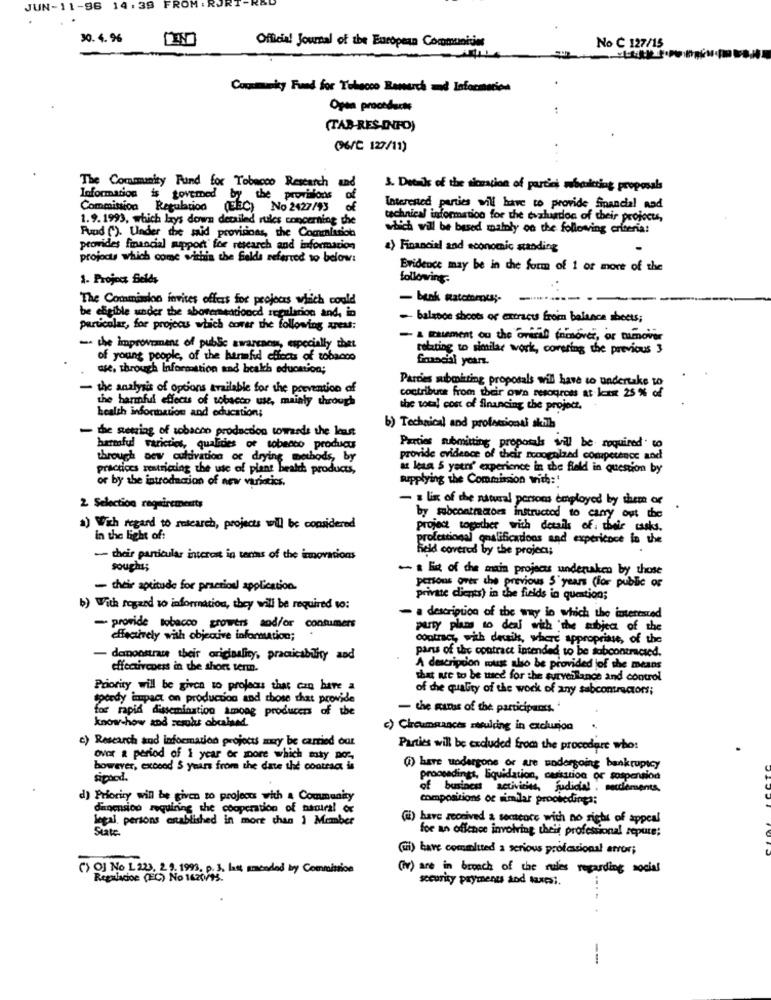
JUN-11-96 14:39 FROM :R
30.4.9%
Official Journal of the European Communities
No C 127/15
Comumasky Fund for Tobacco Ramurch md Informerion
Open procedacts
(TAB-RES-INFO)
(6/2 127/11)
The Community Fund for Tobacco Research and
3. Detals of the sicmation of partici mbolcting proposals
Information is tovemed by the provisions
Commission Regulation (EEC) No 2427/93
of
Interested parties will have to provide financial and
1.9. 1993, which lays down detailed rules concerning the
technical information for the evaluados of their projocu,
Fund ("). Under the said provisions, the Comumlusion
wiich wil be based mainly on the following criteria!
provides financial support for research and information
a) Financial and economic standing
projects which come within the fields referred to below:
Evidence may be in the form of 1 or more of the
1. Project Beles
following-
. .
The Commission invites offers for projects which could
- bank matchmus ;-
------
be eligible under the abovementioned regulation and, in
- balance shoots or extract from balance sheets;
particolar, for projcous which cover the following areas:
- Siement ou the oriral fnisover, or turnover
- the improvement of public awareness, especially thet
relating to similar work, covering the previous 3
of young people, of the hanafid effects of tobacco
financial years.
ase, through Information and beakh education;
- the analysis of options available for the prevention of
contribute from their own resogross at least 25 % of
Parties submitting proposals will have to undertake to
the harmful effects of tobacco use, mainly through
the total cost of financing the project.
health information and education;
- the geting of tobacco production towards the kunst
b) Technical and professional skilla
harmful varicties, qualities of sobecco products
Parties submitting proposals will be required to
through aev cultivation of drying methods, by
provide evidence of their tooogalzed competence and
practices restricting the use of plant beahh products,
at lesa 5 years' experience in the field in question by
or by the introduction of new variotics.
Buapplying the Commission with:'
- a list of the natural persons employed by them or
2 Selection requirements
by subcontractors instructed to carry out the
1) With regard to research, projects will be considered
project together with details of their casks.
in the light of:
profestional qualificadoos and expericoce in the
Feld covered by the project;
- their particular interest in terms of the inovations
sought;
- list of the main projects undertaken by those
persons over the previous 5 years (for public or
- their aptitude for practiou application.
private dients) in the fields in question;
b) With regard so information, they will be required to:
- a description of the way in which the interested
- provide tobacco growers and/or consumers
party plans to deal with the subject of the
effectively with objective information;
contract, with devik, where appropriate, of the
parts of the contract intended to be subcontracted.
- demonstrate their originality, practicability and
effectiveness in the short term.
A description roust also be provided jof the means
that are to be ted for the surveillance and control
Priority will be given to projects that can have a
of the quality of the work of any sabcontractors;
spondy impact on production and those that provide
for rapid dissemination among producers of the
- the guns of the participants, '
know-how and zesolus obraised.
c) Circumstances ztsulding in exclusion
c) Research and information projects may be carried out
Parties will be excluded from the procedure who:
over a period of 1 year or more which maty poc,
however, exceed 5 years from the date the contract is
6) have undergone or are undergoing bankruptcy
signed .
proceedings, liquidation, cussion or sospensiod
of business activities, judicial. mecclemente
d) Priority will be given to projects with a Community
compositions or similar prooiedings:
dagensico requiring the cooperation of naniral or
legal. persons established in more than 1 Member
() have received a sentence with no right of appeal
Site.
for an offence involving their professional sepure;
(Gi) bare committed a serious professional error;
() O] No L 223, 29. 1993. p. 3. last amended by Commission
(iv) are in breach of the rules regarding social
Regulacioe (FC) No 1620/15.
security payments and taxesi.
---